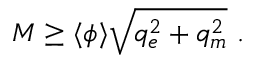
M \geq \langle \phi \rangle \sqrt { q _ { e } ^ { 2 } + q _ { m } ^ { 2 } } \ .